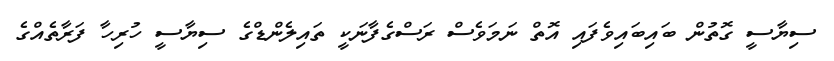
ސިޔާސީ ގޮތުން ބައިބައިވެފައި އޮތް ނަމަވެސް ރަސްގެފާނަކީ ތައިލެންޑްގެ ސިޔާސީ ހުރިހާ ފަރާތެއްގެ